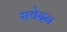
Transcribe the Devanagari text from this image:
सवेदन